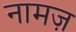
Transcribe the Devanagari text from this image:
नामज़